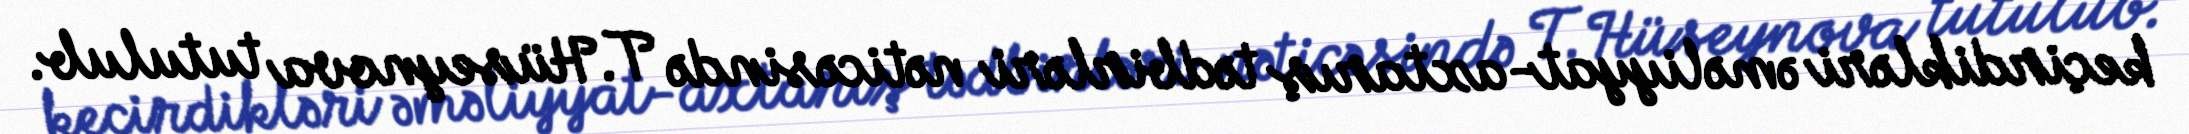
keçirdikləri əməliyyat-axtarış tədbirləri nəticəsində T.Hüseynova tutulub.